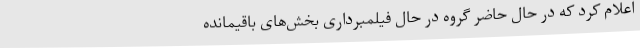
اعلام کرد که در حال حاضر گروه در حال فیلمبرداری بخش‌های باقیمانده